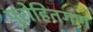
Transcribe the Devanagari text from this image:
पुरोहितगण